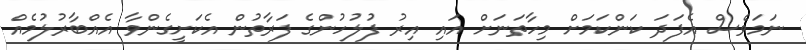
ނަމަވެސް އެފަދަ ކަންކަމަށް މިހާތަނަށް އައި އިރު ފުލުހުންގެ ފަރާތުން އެކަށީގެންވާ އެއްބާރުލުމެއް